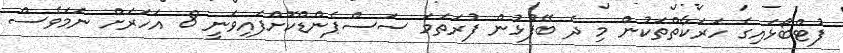
ފުޓްބޯޅައިގެ ހަރަކާތްތަކުން މި ދެ ބޭފުޅުން ފުރަތަމަ ސަސްޕެންޑްކޮށްފައިވަނީ 8 އަހަރަށް ނަމަވެސް